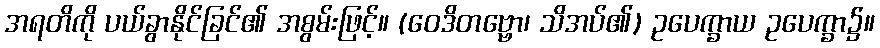
အရတိကို ပယ်ခွာနိုင်ခြင်၏ အစွမ်းဖြင့်။ (ဝေဒိတဗ္ဗော၊ သိအပ်၏) ဥပေက္ခာယ ဥပေက္ခာ၌။